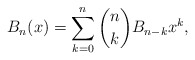
\begin{align*}B_n (x) = \sum_{k = 0}^n {\binom nk B_{n - k} x^{k} },\end{align*}